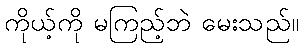
ကိုယ့်ကို မကြည့်ဘဲ မေးသည်။